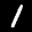
Label: 1